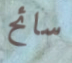
سائح